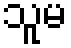
သူမ